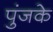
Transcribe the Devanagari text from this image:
पुंजके